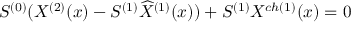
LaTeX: S ^ { ( 0 ) } ( X ^ { ( 2 ) } ( x ) - S ^ { ( 1 ) } { \widehat X } ^ { ( 1 ) } ( x ) ) + S ^ { ( 1 ) } X ^ { c h ( 1 ) } ( x ) = 0